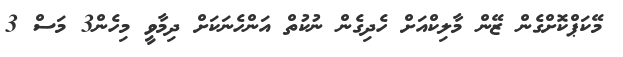
މޭކަޕްކޮށްގެން ޒޭން މާލިކްއަށް ހެދިގެން ނުކުތް އަންހެނަކަށް ދިމާވީ މިހެން3 މަސް 3